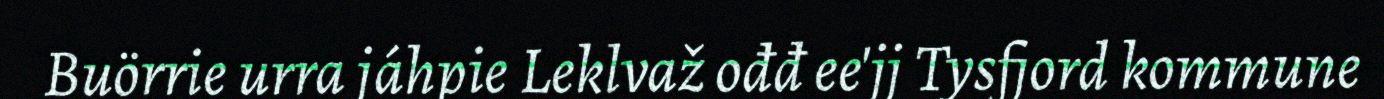
Buörrie urra jáhpie Leklvaž ođđ ee'jj Tysfjord kommune